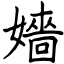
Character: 嬙